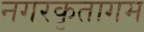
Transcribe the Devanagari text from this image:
नगरकृतागम